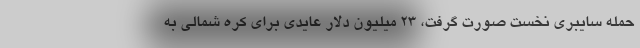
حمله سایبری نخست صورت گرفت، ۲۳ میلیون دلار عایدی برای کره شمالی به